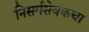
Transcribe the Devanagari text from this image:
निसर्गसेवकचा